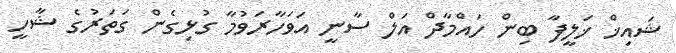
ޝައިޚް ޚަލީފާ ބިން ހައްމާދް އަލް ސާނީ އަވަހާރަވުމާ ގުޅިގެން ގަތަރުގެ ޝާހީ